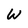
Character: W